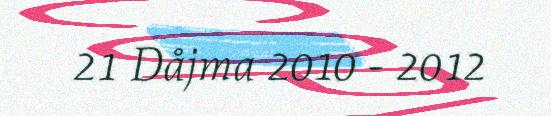
21 Dåjma 2010 - 2012